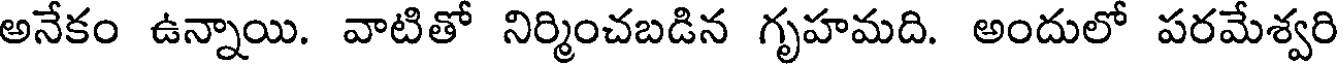
అనేకం ఉన్నాయి. వాటితో నిర్మించబడిన గృహమది. అందులో పరమేశ్వరి